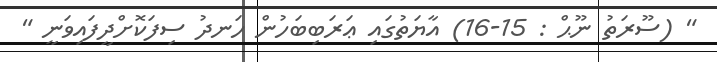
" (ސޫރަތު ނޫޙް : 15-16) އާޔަތުގައި ޢަރަބިބަހުން ހަނދު ސިފަކޮށްދީފައިވަނީ "